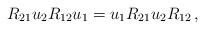
LaTeX: \begin{align*}R_{21}u_2R_{12}u_1=u_1R_{21}u_2R_{12}\,, \end{align*}